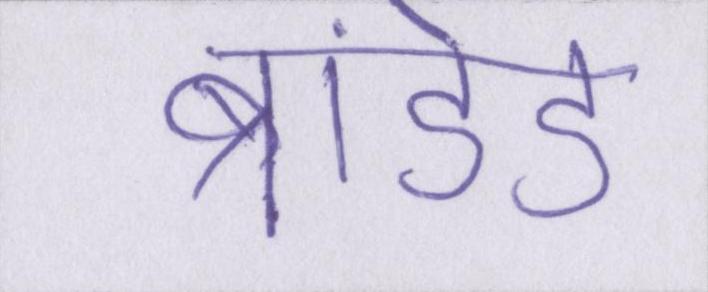
ब्रांडेड